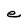
Character: e